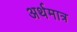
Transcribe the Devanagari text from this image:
अर्थमात्र